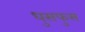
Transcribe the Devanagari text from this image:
धुसफुस